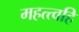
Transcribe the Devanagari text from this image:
महत्त्वहि